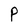
Character: P